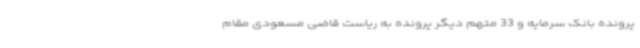
پرونده بانک سرمایه و 33 متهم دیگر پرونده به ریاست قاضی مسعودی مقام